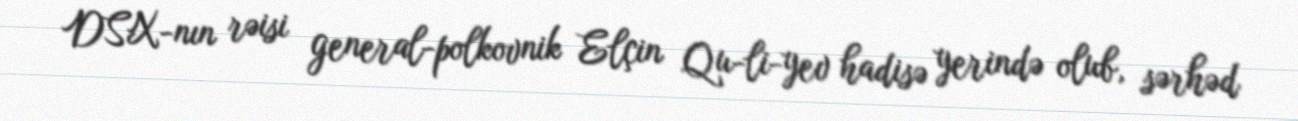
DSX-nın rəisi general-polkovnik Elçin Qu­li­yev hadisə yerində olub, sərhəd